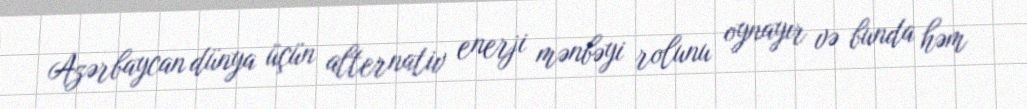
Azərbaycan dünya üçün alternativ enerji mənbəyi rolunu oynayır və bunda həm